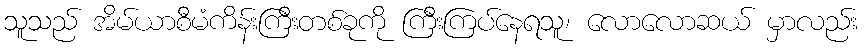
သူသည် အိမ်ယာစီမံကိန်းကြီးတစ်ခုကို ကြီးကြပ်နေရသူ၊ လောလောဆယ် မှာလည်း